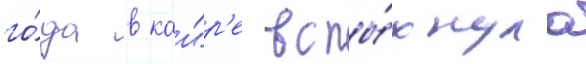
го́да в каи́р'е вспы́хнула